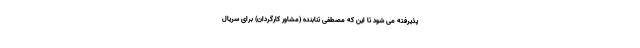
پذیرفته می شود تا این که مصطفی تنابنده (مشاور کارگردان) برای سریال